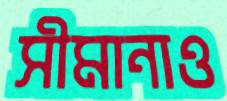
সীমানাও